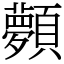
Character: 顭